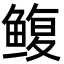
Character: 鳆